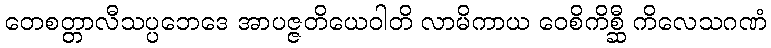
တေစတ္တာလီသပ္ပဘေဒေ အာပဇ္ဇတိယေဝါတိ လာမိကာယ ဝေစိကိစ္ဆီ ကိလေသဂဏံ